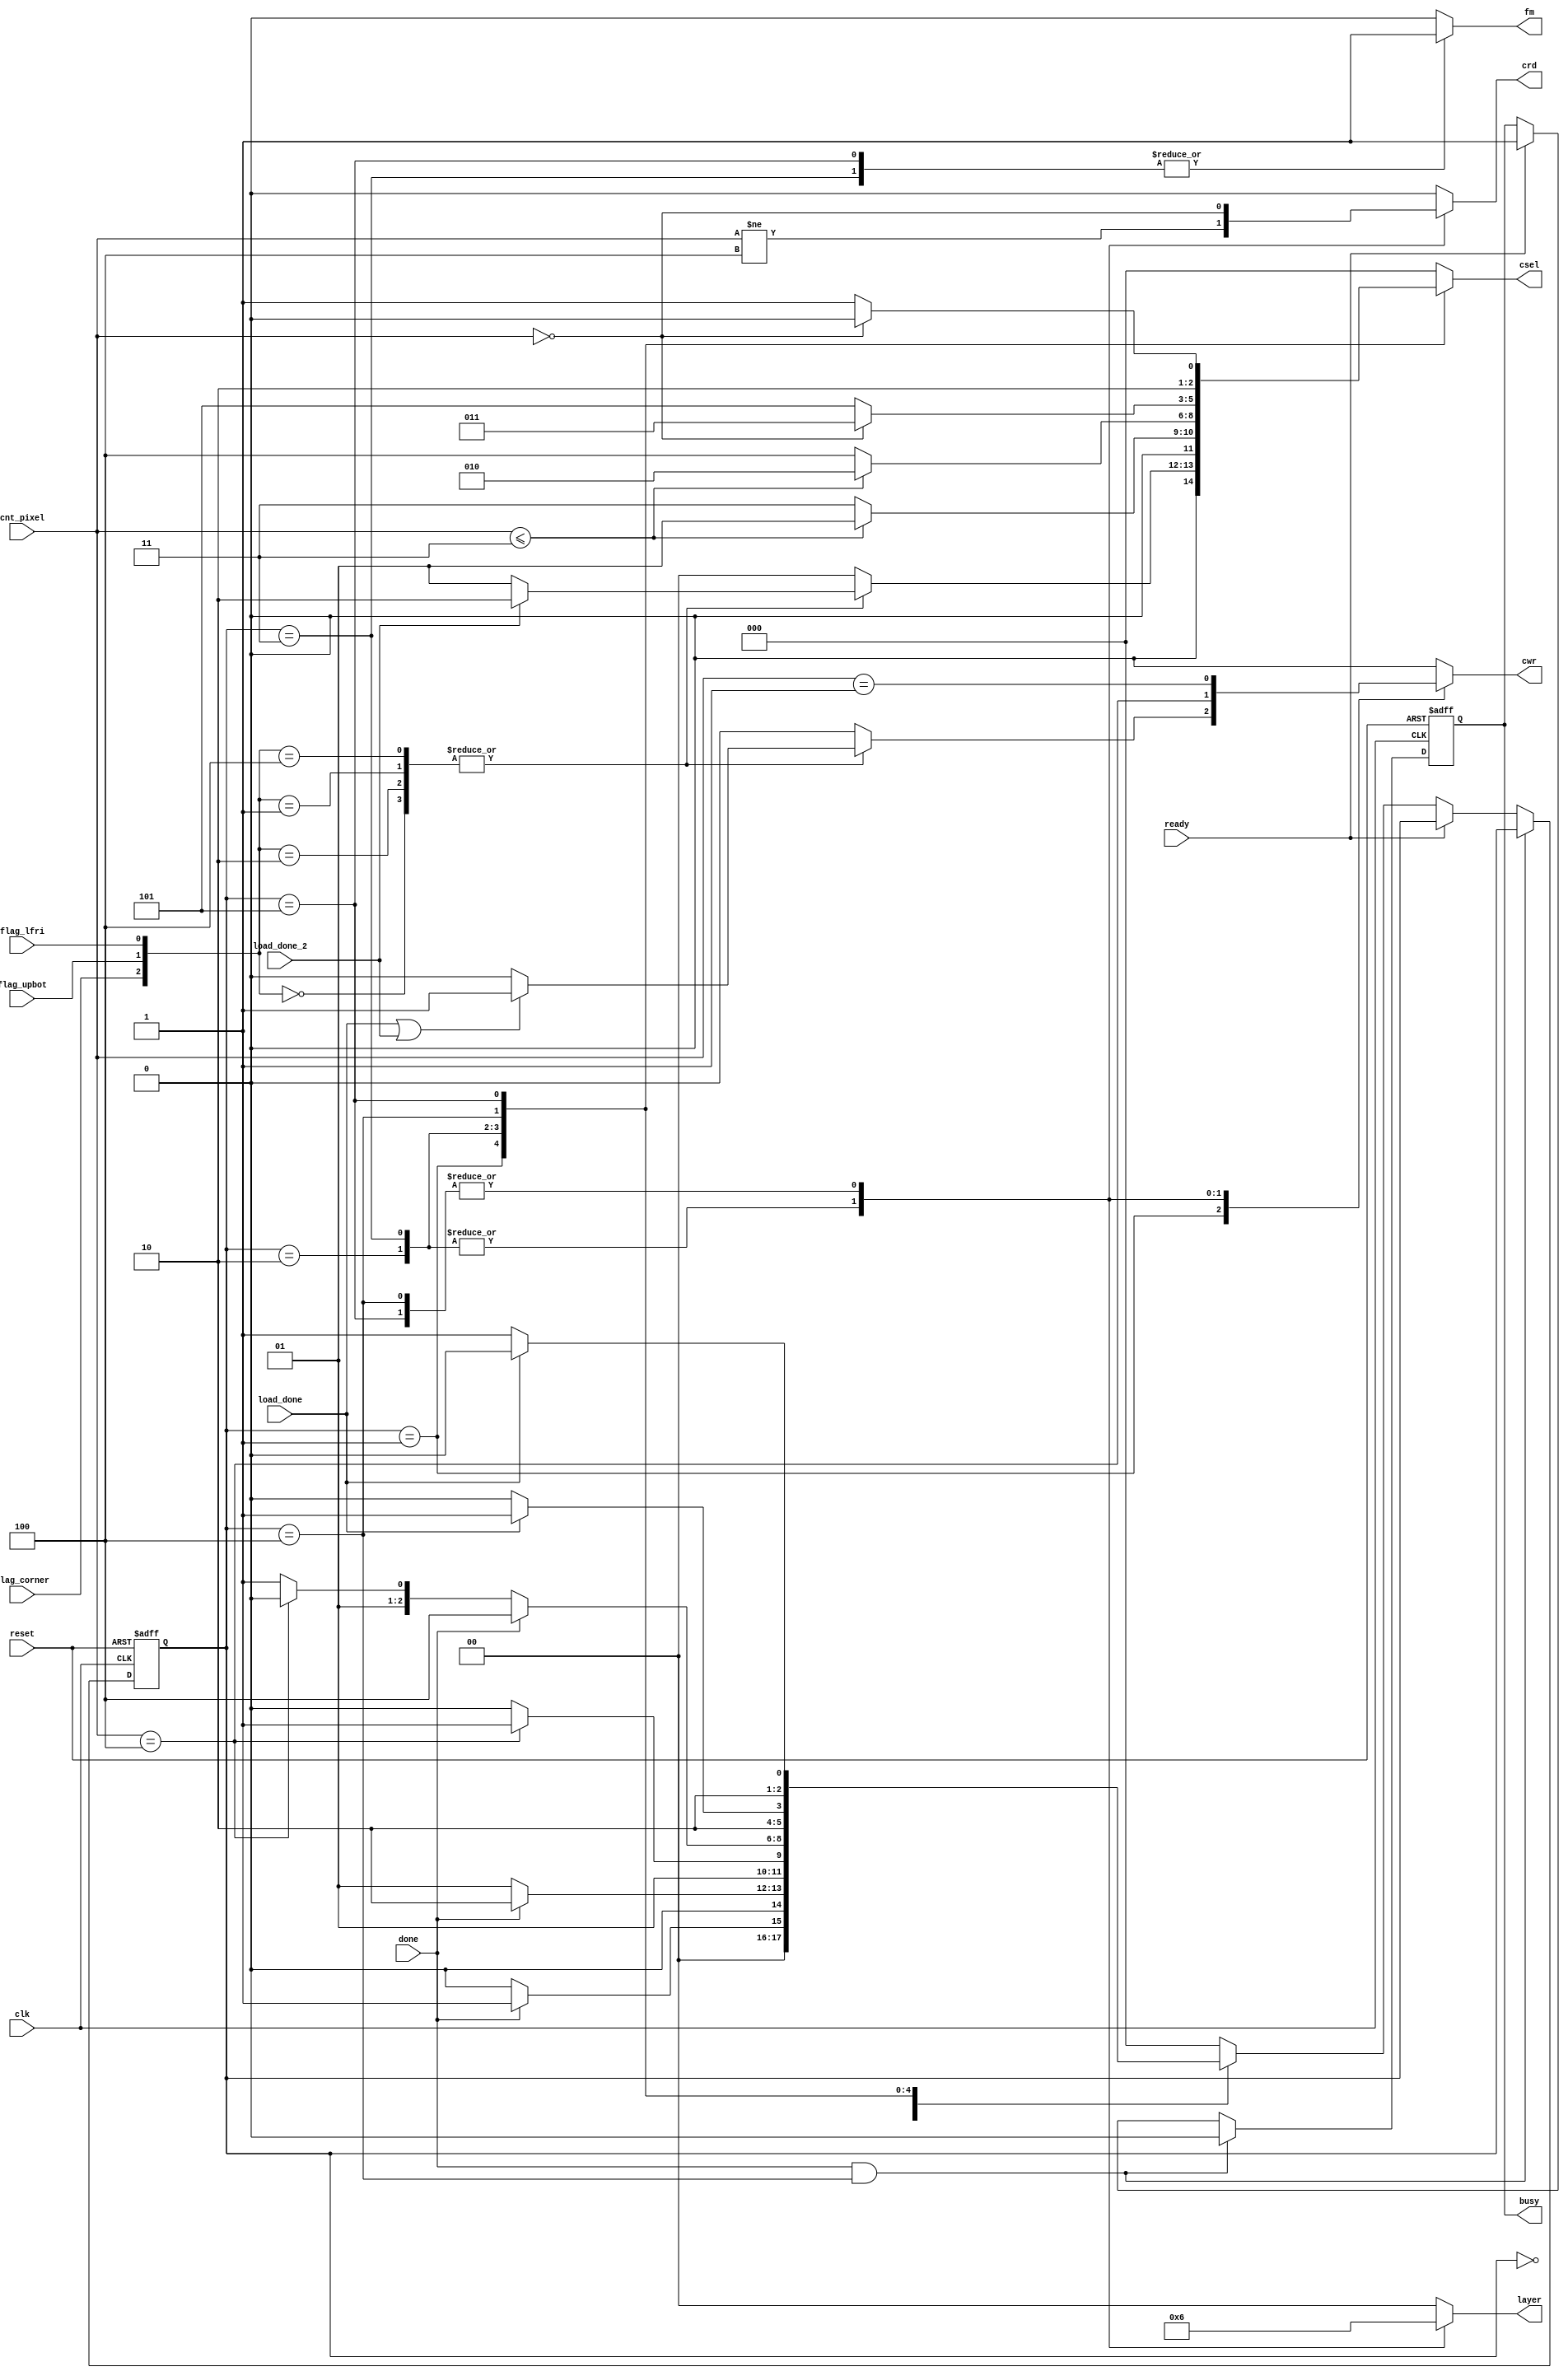
module  ctrl(
    input           clk,
    input           reset,
    output  reg     busy,
    input           ready,

    input           flag_corner,
    input           flag_upbot,
    input           flag_lfri,
    input   [3:0]   cnt_pixel,
    input           done,  // send high whenever nnlayer is done
    input           load_done,
    input           load_done_2,

    output  reg     crd,
    output  reg     cwr,
    output  reg[2:0]csel,
    output  reg     fm,  // determine feature map.
    output  reg[1:0]layer
    );

    parameter INIT = 3'b000, L0 = 3'b001, L1K0 = 3'b010, L1K1 = 3'b011, L2K0 = 3'b100, L2K1 = 3'b101;
    reg [2:0] cstate, nstate;
       
    always@(posedge clk, posedge reset)begin
        if(reset)begin
            cstate <= INIT;
            busy <= 1'b0;
        end
//        else if(done && (cstate == L2K1))
        else if(done && (cstate == L2K0))
            busy <= 1'b0;
        else if(ready)
            busy <= 1'b1;
        else
            cstate <= nstate;
    end
    
  always@*begin
        case(cstate)
            INIT:begin
                if(done) nstate = L0;
                else nstate = INIT;
            end
            L0:begin
                if(done)
                    nstate = L1K0;
                else
                    nstate = L0;
            end
            L1K0:begin
                if(cnt_pixel == 4'd4)
                    nstate = L1K1;
                else
                    nstate = L1K0;
            end
            L1K1:begin
                if(done)
                    nstate = L2K0;
                else if(cnt_pixel == 4'd4)
                    nstate = L1K0;
                else
                    nstate = L1K1;
            end
            L2K0:begin
                if(load_done)
                    nstate = L2K1;
                else
                    nstate = L2K0;
            end
            L2K1:begin
                if(load_done)
                    nstate = L2K0;
                else
                    nstate = L2K1;
            end
            default: nstate = INIT;
        endcase
    end
    
    always@*begin
        case(cstate)
            INIT:begin
                crd = 1'b0;
                cwr = 1'b0;
                fm = 1'b0;
                layer = 2'd0;
            end
            L0:begin
                crd = 1'b0;
                fm = 1'b0;
                layer = 2'd0;
                case({flag_corner, flag_upbot, flag_lfri})
                    3'b000:begin
                        if(load_done||load_done_2)
                            cwr = 1'b1;
                        else
                            cwr = 1'b0;
                    end
                    3'b010:begin
                        if(load_done||load_done_2)
                            cwr = 1'b1;
                        else
                            cwr = 1'b0;
                    end
                    3'b001:begin
                        if(load_done||load_done_2)
                            cwr = 1'b1;
                        else
                            cwr = 1'b0;
                    end
                    3'b100:begin
                        if(load_done||load_done_2)
                            cwr = 1'b1;
                        else
                            cwr = 1'b0;
                    end
                    default: cwr = 1'b0;
                endcase
            end
            L1K0:begin
                crd = (cnt_pixel != 4'd4);
                cwr = (cnt_pixel == 4'd4);
                fm = 1'b0;
                layer = 2'd1;
            end
            L1K1:begin
                crd = (cnt_pixel != 4'd4);
                cwr = (cnt_pixel == 4'd4);
                fm = 1'b1;
                layer = 2'd1;

            end
            L2K0:begin
                crd = (cnt_pixel == 4'd0);
                cwr = (cnt_pixel == 4'd1);
                fm = 1'b0;
                layer = 2'b10;
            end
            L2K1:begin
                crd = (cnt_pixel == 4'd0);
                cwr = (cnt_pixel == 4'd1);
                fm = 1'b1;
                layer = 2'b10;
            end
            default:begin
                crd = 1'b0;
                cwr = 1'b0;
                fm = 2'b0;
                layer = 2'd0;
            end
        endcase
  end
  
  always@*begin
        case(cstate)
            INIT: csel = 3'b000;
            L0:begin
                case({flag_corner, flag_upbot, flag_lfri})
                    3'b000:begin                        
                        if(load_done_2)
                            csel = 3'b010;
                        else
                            csel = 3'b001;
                    end
                    3'b010, 3'b001:begin                       
                        if(load_done_2)
                            csel = 3'b010;
                        else
                            csel = 3'b001;
                    end
                    3'b100:begin                    
                        if(load_done_2)
                            csel = 3'b010;
                        else
                            csel = 3'b001;
                    end
                    3'b010, 3'b001:begin                        
                        if(load_done_2)
                            csel = 3'b010;
                        else
                            csel = 3'b001;
                    end
                    3'b100:begin                        
                        if(load_done_2)
                            csel = 3'b010;
                        else
                            csel = 3'b001;
                    end
                    default: csel = 3'b000;
                endcase
            end
            L1K0:begin
                if(cnt_pixel <= 6'd3)
                    csel = 3'b001;
                else
                    csel = 3'b011;
            end
            L1K1:begin
                if(cnt_pixel <= 6'd3 )
                    csel = 3'b010;
                else
                    csel = 3'b100;
            end
            L2K0: csel = (cnt_pixel == 4'd0)? 3'b011:3'b101;
            L2K1: csel = (cnt_pixel == 4'd0)? 3'b100:3'b101;
            default: csel = 3'b000;
        endcase
    end
endmodule